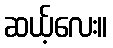
ဆယ့်လေး။